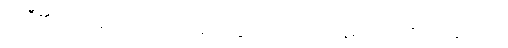
မေရီ၏ဆံပင်များကို အသာအယာပွတ်သပ်ကာ ပြန်၍ ထိုင်လိုက်ပြန်သည်။